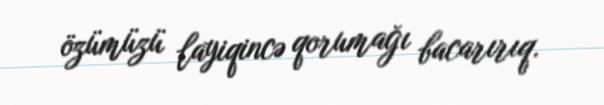
özümüzü layiqincə qorumağı bacarırıq.